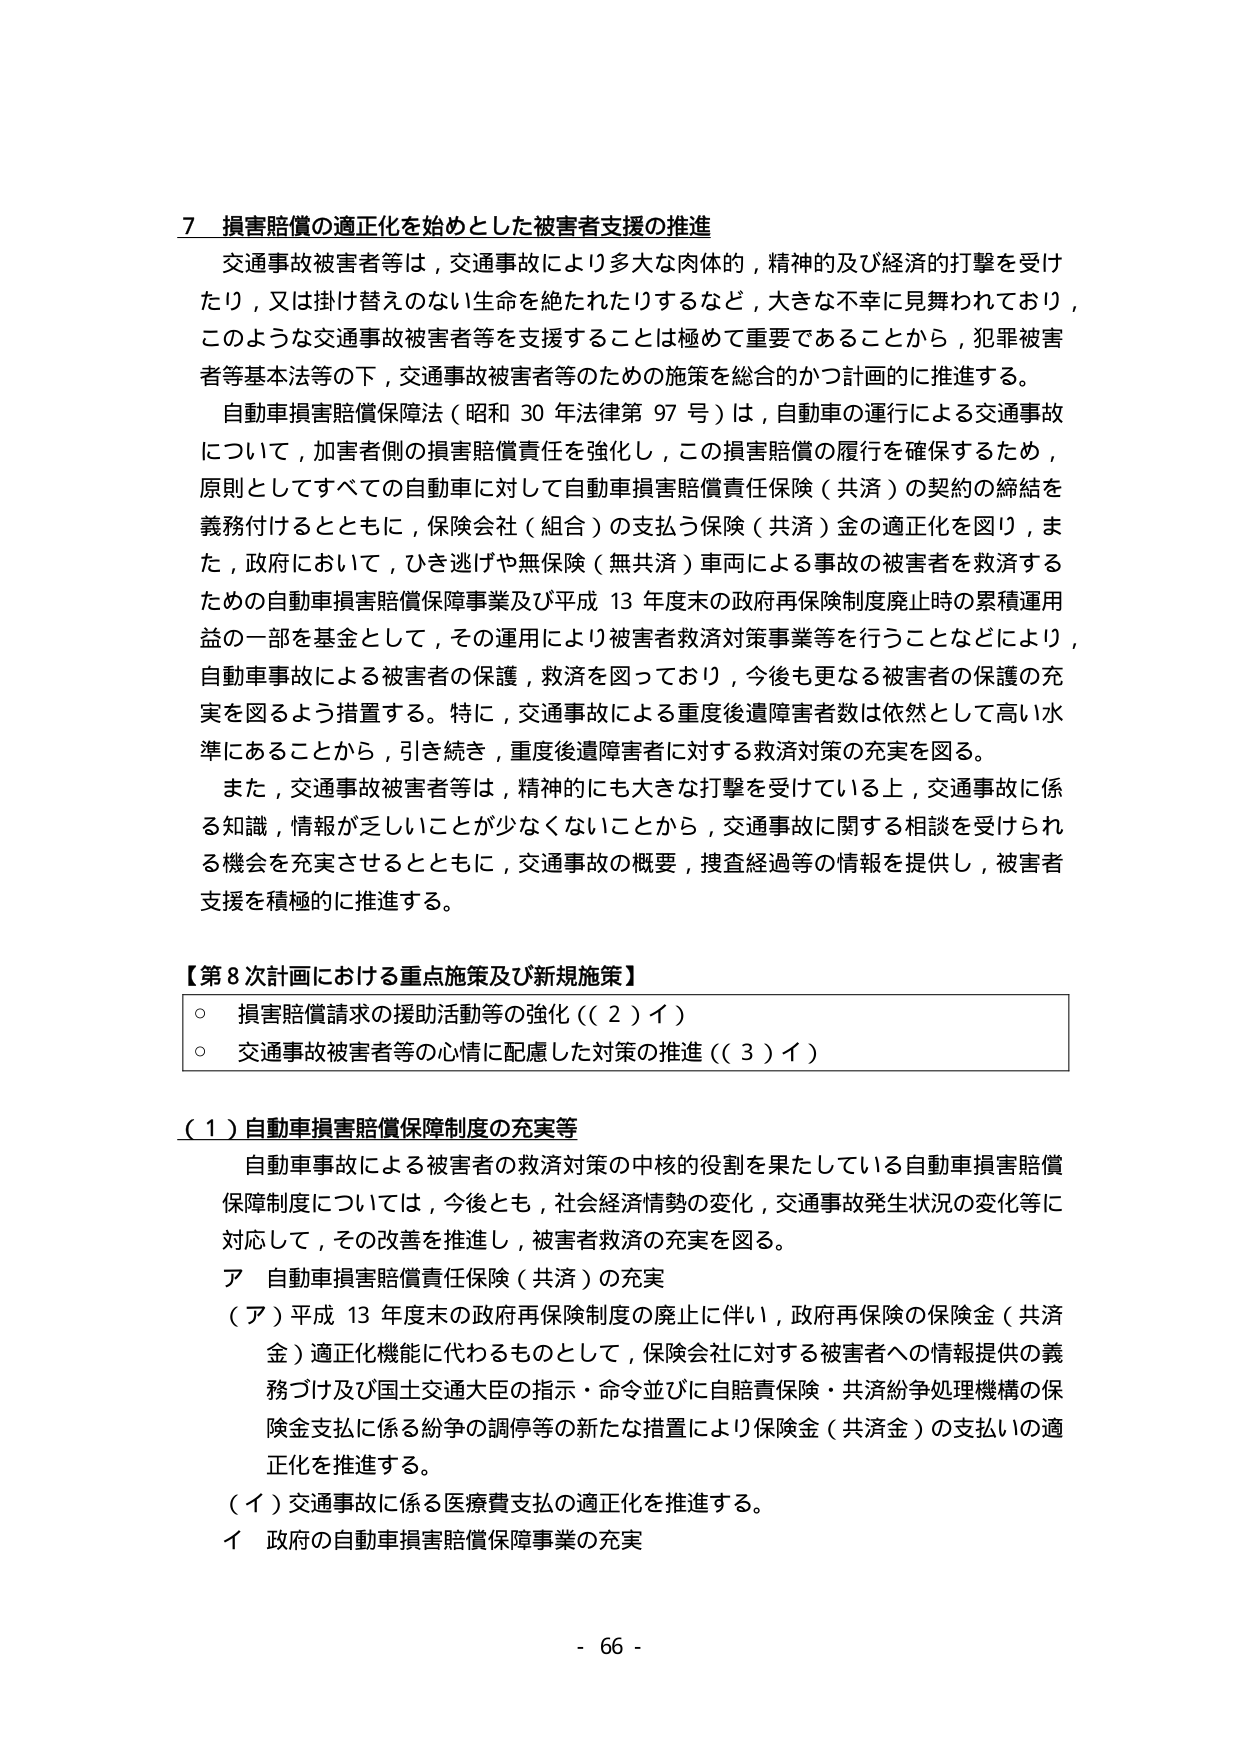
7 損害賠償の適正化を始めとした被害者支援の推進
交通事故被害者等は，交通事故により多大な肉体的，精神的及び経済的打撃を受けたり，又は掛け替えのない生命を絶たれたりするなど，大きな不幸に見舞われており，このような交通事故被害者等を支援することは極めて重要であることから，犯罪被害者等基本法等の下，交通事故被害者等のための施策を総合的かつ計画的に推進する。
自動車損害賠償保障法（昭和30年法律第97号）は，自動車の運行による交通事故について，加害者側の損害賠償責任を強化し，この損害賠償の履行を確保するため，原則としてすべての自動車に対して自動車損害賠償責任保険（共済）の契約の締結を義務付けるとともに，保険会社（組合）の支払う保険（共済）金の適正化を図り，また，政府において，ひき逃げや無保険（無共済）車両による事故の被害者を救済するための自動車損害賠償保障事業及び平成13年度末の政府再保険制度廃止時の累積運用益の一部を基金として，その運用により被害者救済対策事業等を行うことなどにより，自動車事故による被害者の保護，救済を図っており，今後も更なる被害者の保護の充実を図るよう措置する。特に，交通事故による重度後遺障害者数は依然として高い水準にあることから，引き続き，重度後遺障害者に対する救済対策の充実を図る。
また，交通事故被害者等は，精神的にも大きな打撃を受けている上，交通事故に係る知識，情報が乏しいことが少なくないことから，交通事故に関する相談を受けられる機会を充実させるとともに，交通事故の概要，捜査経過等の情報を提供し，被害者支援を積極的に推進する。

【第8次計画における重点施策及び新規施策】
○ 損害賠償請求の援助活動等の強化（（2）イ）
○ 交通事故被害者等の心情に配慮した対策の推進（（3）イ）

（1）自動車損害賠償保障制度の充実等
自動車事故による被害者の救済対策の中核的役割を果たしている自動車損害賠償保障制度については，今後とも，社会経済情勢の変化，交通事故発生状況の変化等に対応して，その改善を推進し，被害者救済の充実を図る。
ア 自動車損害賠償責任保険（共済）の充実
（ア）平成13年度末の政府再保険制度の廃止に伴い，政府再保険の保険金（共済金）適正化機能に代わるものとして，保険会社に対する被害者への情報提供の義務づけ及び国土交通大臣の指示・命令並びに自賠責保険・共済紛争処理機構の保険金支払に係る紛争の調停等の新たな措置により保険金（共済金）の支払いの適正化を推進する。
（イ）交通事故に係る医療費支払の適正化を推進する。
イ 政府の自動車損害賠償保障事業の充実

- 66 -